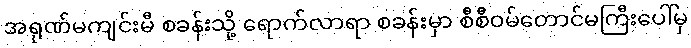
အရုဏ်မကျင်းမီ စခန်းသို့ ရောက်လာရာ စခန်းမှာ စီစီဝမ်တောင်မကြီးပေါ်မှ